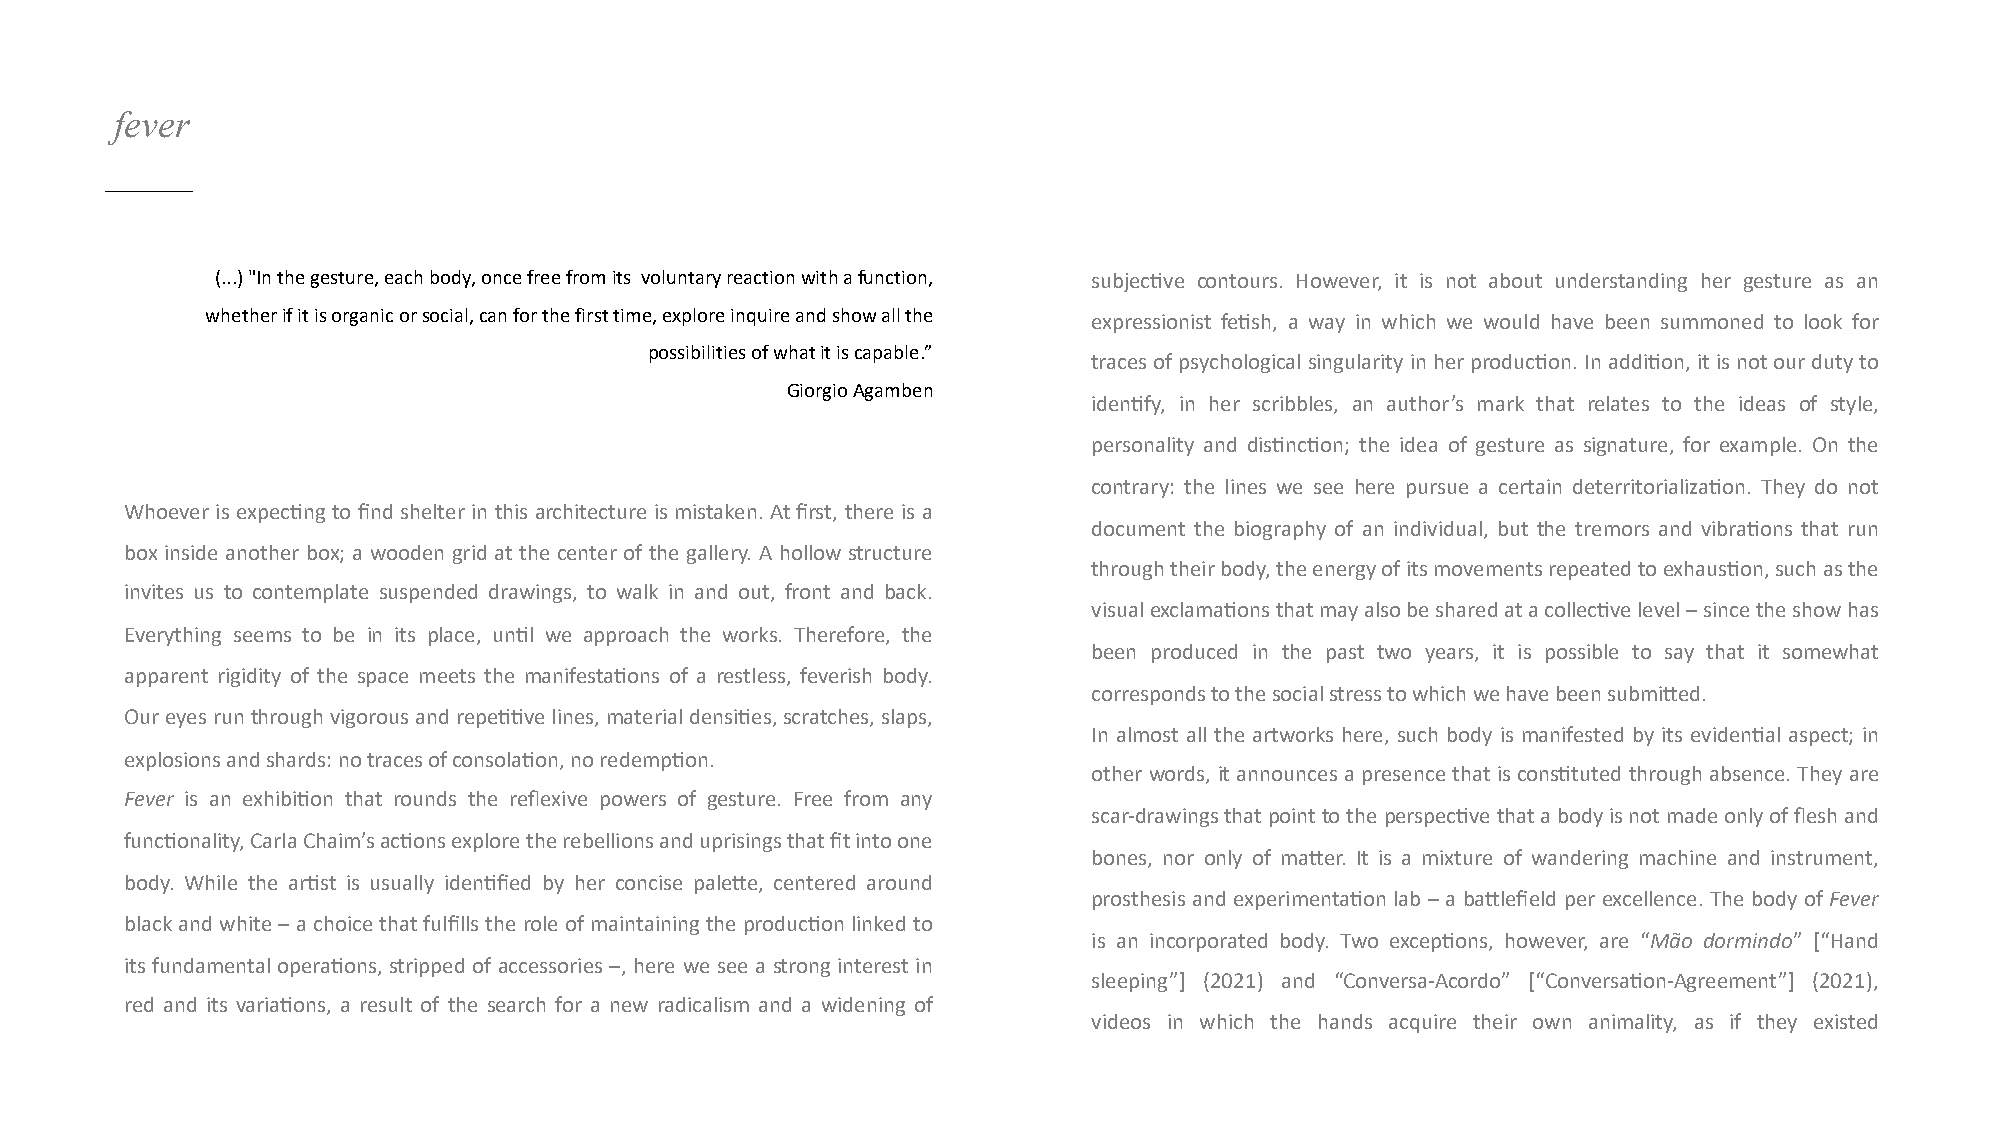
fever
 (...) "In the gesture, eachbody, oncefreefromits voluntaryreactionwitha function, subjec7ve contours. However, it is not about understanding her gesture as an
 whetherifit isorganicorsocial, canfor the firsttime, explore inquire and show allthe
 expressionist fe7sh, a way in which we would have been summoned to look for
 possibilitiesof whatit iscapable.”
 tracesofpsychologicalsingularityinherproduc7on.Inaddi7on,itisnotourdutyto
 Giorgio Agamben
 iden7fy, in her scribbles, an author’s mark that relates to the ideas of style,
 personality and dis7nc7on; the idea of gesture as signature, for example. On the
 contrary: the lines we see here pursue a certain deterritorializa7on. They do not
 Whoever is expec7ngto find shelter in this architecture is mistaken. At first, there is a
 document the biography of an individual, but the tremors and vibra7ons that run
 box inside another box; a wooden grid at the center of the gallery. A hollow structure
 throughtheirbody,theenergyofitsmovementsrepeatedtoexhaus7on,suchasthe
 invites us to contemplate suspended drawings, to walk in and out, front and back.
 visualexclama7onsthatmayalsobesharedatacollec7velevel–sincetheshowhas
 Everything seems to be in its place, un7l we approach the works. Therefore, the
 been produced in the past two years, it is possible to say that it somewhat
 apparent rigidity of the space meets the manifesta7ons of a restless, feverish body.
 correspondstothesocialstresstowhichwehavebeensubmijed.
 Oureyesrunthroughvigorousandrepe77velines,materialdensi7es,scratches,slaps,
 In almost all the artworks here, such body is manifested by its eviden7al aspect; in
 explosionsandshards:notracesofconsola7on,noredemp7on.
 other words, it announces a presence that is cons7tuted through absence. They are
 Fever is an exhibi7on that rounds the reflexive powers of gesture. Free from any
 scar-drawingsthatpointtotheperspec7vethatabodyisnotmadeonlyoffleshand
 func7onality,CarlaChaim’sac7onsexploretherebellionsanduprisingsthatfitintoone
 bones, nor only of majer. It is a mixture of wandering machine and instrument,
 body. While the ar7st is usually iden7fied by her concise paleje, centered around
 prosthesisand experimenta7on lab – a bajlefield per excellence. The body of Fever
 blackandwhite – achoice thatfulfillsthe role of maintainingthe produc7onlinkedto
 is an incorporated body. Two excep7ons, however, are “Mão dormindo” [“Hand
 its fundamental opera7ons, stripped of accessories –, here we see a strong interest in
 sleeping”] (2021) and “Conversa-Acordo” [“Conversa7on-Agreement”] (2021),
 red and its varia7ons, a result of the search for a new radicalism and a widening of
 videos in which the hands acquire their own animality, as if they existed
 xxxx
 xxxxxxxxxxxx